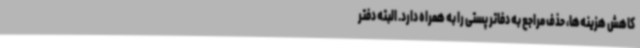
کاهش هزینه‌ها، حذف مراجع به دفاتر پستی را به همراه دارد. البته دفتر